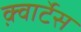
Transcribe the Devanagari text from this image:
क़्वार्टेस